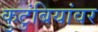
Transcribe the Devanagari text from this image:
कुटुंबियांवर